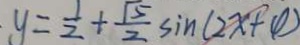
y = \frac { 1 } { 2 } + \frac { \sqrt { 5 } } { 2 } \sin ( 2 x + 4 )